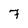
Character: 7